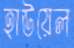
হাউয়েল